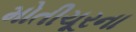
મોતીચૂરના